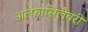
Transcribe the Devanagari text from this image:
अल्फासिलैबरी